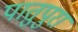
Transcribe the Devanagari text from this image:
पातुपुरा